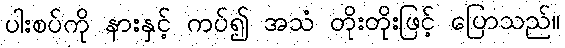
ပါးစပ်ကို နားနှင့် ကပ်၍ အသံ တိုးတိုးဖြင့် ပြောသည်။